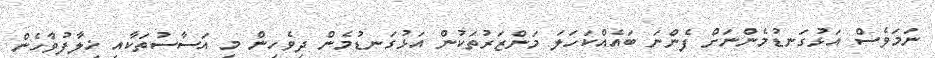
ނަމަވެސް އަޅުގަނޑުމެންނަށް ފެންނަ ބައެއްކަހަލަ މަންޒަރުތަކުން އަޅުގަނޑުމެން ދިވެހިން މި އަސާސުތަކާއި ޚިލާފުވާހެން